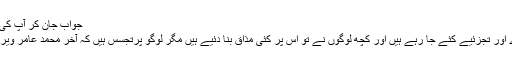
جواب جان کر آپ کی آنکھیں کھلی کی کھلی رہ جائیں گی
اس تصویر پر کئی قسم کے تبصرے اور تجزئیے کئے جا رہے ہیں اور کچھ لوگوں نے تو اس پر کئی مذاق بنا دئیے ہیں مگر لوگو پرتجسس ہیں کہ آخر محمد عامر ویرات کوہلی کو کیا کہہ رہے ہوں گے۔